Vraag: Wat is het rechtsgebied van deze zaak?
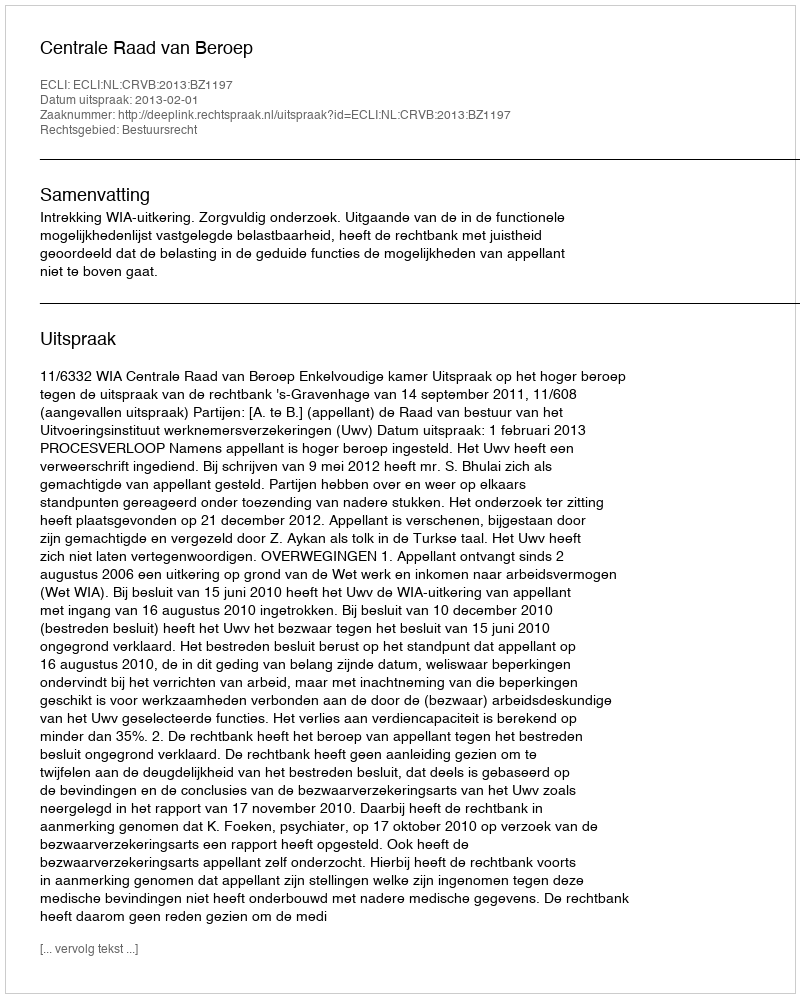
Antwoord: Bestuursrecht